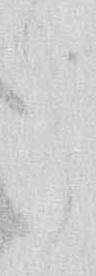
ら